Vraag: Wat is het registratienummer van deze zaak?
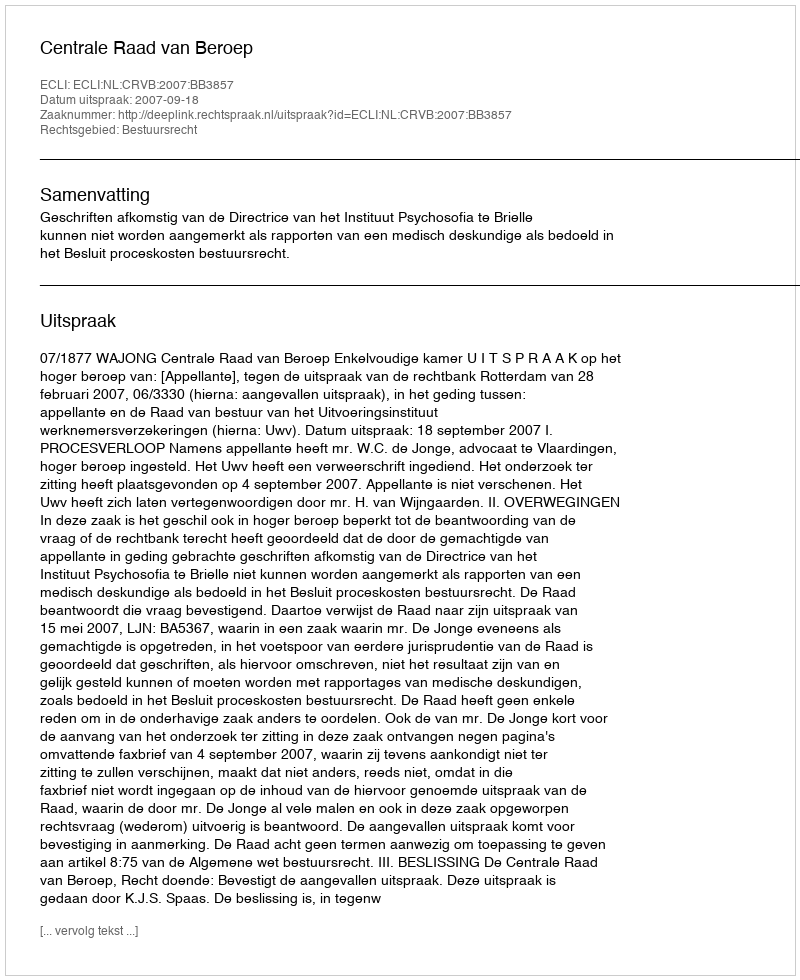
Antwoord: http://deeplink.rechtspraak.nl/uitspraak?id=ECLI:NL:CRVB:2007:BB3857